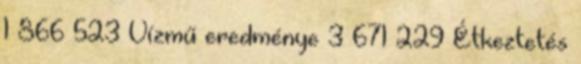
1 866 523 Vízmű eredménye 3 671 229 Étkeztetés